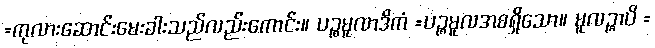
=ကုလားဆောင်းမေးခါးသည်လည်းကောင်း။ ပဉ္စမူလာဒိကံ =ပဉ္စမူလအစရှိသော။ မူလဉ္စာပိ =